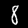
Label: 8